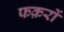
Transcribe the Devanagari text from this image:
फक़रों